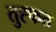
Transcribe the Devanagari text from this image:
तुह्फत